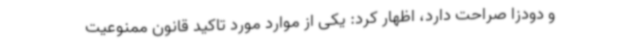
و دودزا صراحت دارد، اظهار کرد: یکی از موارد مورد تاکید قانون ممنوعیت